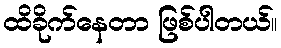
ထိခိုက်နေတာ ဖြစ်ပါတယ်။